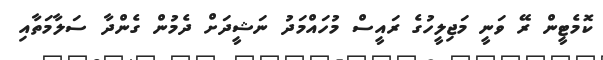
ކޮމެޓީން ރޭ ވަނީ މަޖިލީހުގެ ރައީސް މުހައްމަދު ނަޝީދަށް ދެމުން ގެންދާ ސަލާމަތާއި